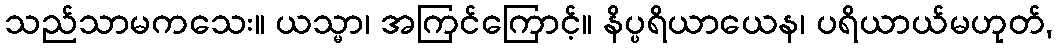
သည်သာမကသေး။ ယသ္မာ၊ အကြင်ကြောင့်။ နိပ္ပရိယာယေန၊ ပရိယာယ်မဟုတ်,